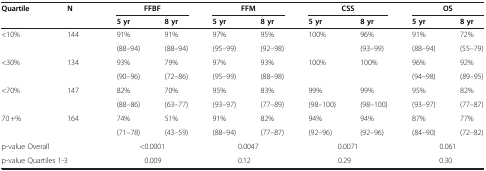
| <ROWSPAN=2> Quartile | <ROWSPAN=2> N | <COLSPAN=2> FFBF | <COLSPAN=2> FFM | <COLSPAN=2> CSS | <COLSPAN=2> OS |
 | 5 yr | 8 yr | 5 yr | 8 yr | 5 yr | 8 yr | 5 yr | 8 yr |
 | --- | --- | --- | --- | --- | --- | --- | --- | --- | --- |
 | <10% | 144 | 91% | 91% | 97% | 95% | 100% | 96% | 91% | 72% |
 |  |  | (88–94) | (88–94) | (95–99) | (92–98) |  | (93–99) | (88–94) | (55–79) |
 | <30% | 134 | 93% | 79% | 97% | 93% | 100% | 100% | 96% | 92% |
 |  |  | (90–96) | (72–86) | (95–99) | (88–98) |  |  | (94–98) | (89–95) |
 | <70% | 147 | 82% | 70% | 95% | 83% | 99% | 99% | 95% | 82% |
 |  |  | (88–86) | (63–77) | (93–97) | (77–89) | (98–100) | (98–100) | (93–97) | (77–87) |
 | 70 +% | 164 | 74% | 51% | 91% | 82% | 94% | 94% | 87% | 77% |
 |  |  | (71–78) | (43–59) | (88–94) | (77–87) | (92–96) | (92–96) | (84–90) | (72–82) |
 | <COLSPAN=2> p-value Overall | <COLSPAN=2> <0.0001 | <COLSPAN=2> 0.0047 | <COLSPAN=2> 0.0071 | <COLSPAN=2> 0.061 |
 | <COLSPAN=2> p-value Quartiles 1-3 | <COLSPAN=2> 0.009 | <COLSPAN=2> 0.12 | <COLSPAN=2> 0.29 | <COLSPAN=2> 0.30 |